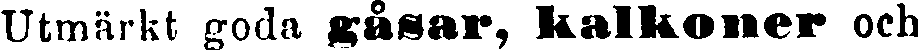
Utmärkt goda gåsar, kalkoner och